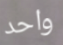
واحد